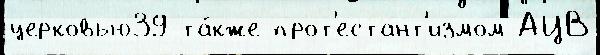
церковью39 та́кже прот'естант'измом АЦВ